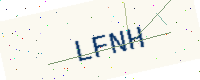
Text: LFNH